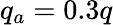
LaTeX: q_{a}=0.3q